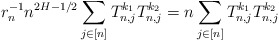
\begin{align*} r_n^{-1}n^{2H-1/2} \sum_{j\in[n]} T^{k_1}_{n,j} T^{k_2}_{n,j} =n \sum_{j\in[n]} T^{k_1}_{n,j} T^{k_2}_{n,j}\end{align*}